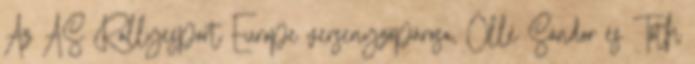
Az AS Rallyesport Europe versenyzőpárosa, Ollé Sándor és Tóth